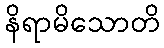
နိရာမိသောတိ